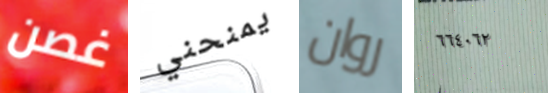
غصن يمنحني روان ٦٦٤٠٦٢